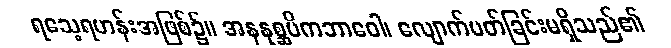
ရသေ့ရဟန်းအဖြစ်၌။ အနနုစ္ဆပိကဘာဝေါ၊ လျောက်ပတ်ခြင်းမရှိသည်၏